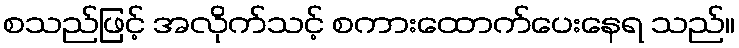
စသည်ဖြင့် အလိုက်သင့် စကားထောက်ပေးနေရ သည်။